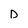
Character: D